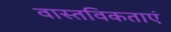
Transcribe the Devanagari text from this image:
वास्तविकताएं